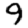
Digit: 9